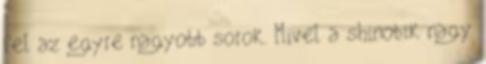
fel az egyre nagyobb sorok. Mivel a shinobik nagy